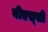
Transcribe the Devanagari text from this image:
बीएस्‌सी